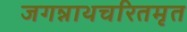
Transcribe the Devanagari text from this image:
जगन्नाथचरितमृत